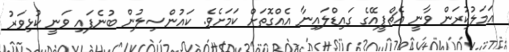
އަމަލުކުރަން ވާނީ އެޗްޕީއޭގެ ގައިޑްލައިނާ އެއްގޮތަށް ކަމަށެވެ. ކައުންސިލުން ބުނެފައި ވަނީ ކުޅިވަރު